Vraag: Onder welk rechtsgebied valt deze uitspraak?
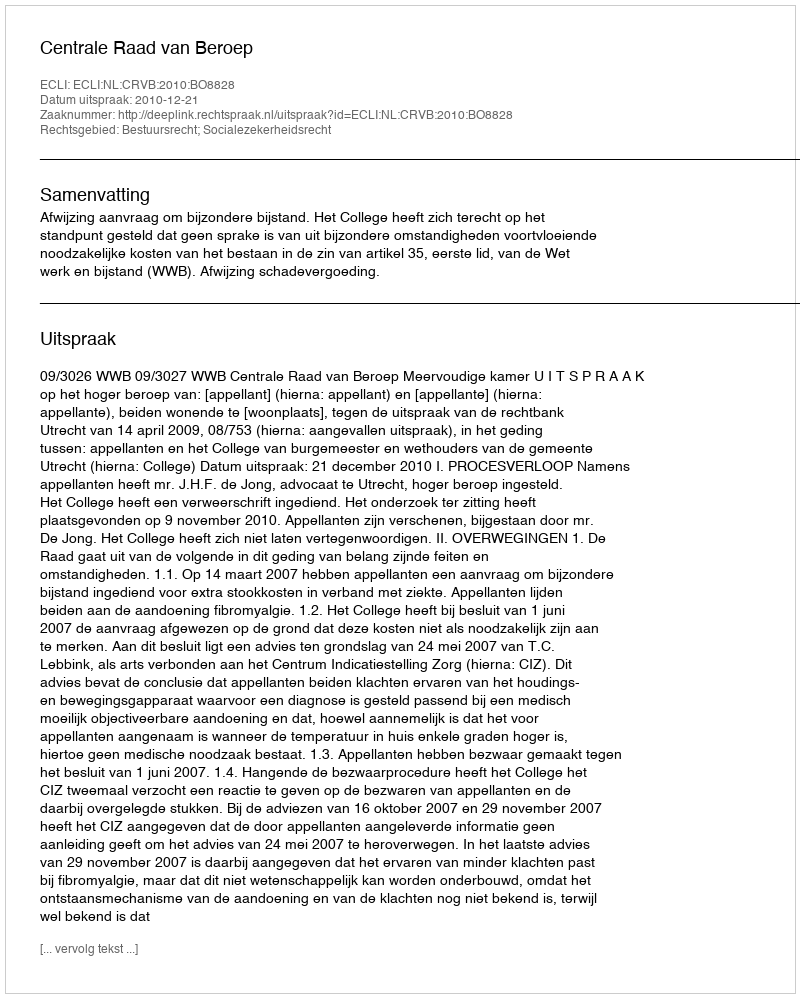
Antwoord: Bestuursrecht; Socialezekerheidsrecht